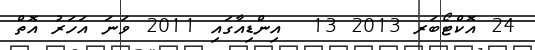
24 އޮކްޓޯބަރ 2013 13  އިންޑިއާގައި 2011 ވަނަ އަހަރު އޮތް